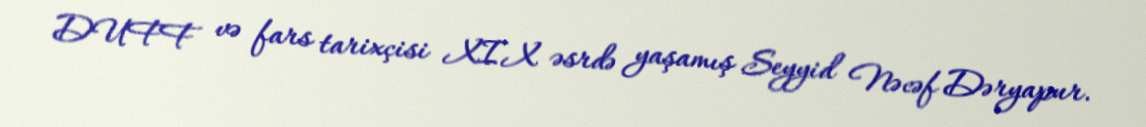
DUFF və fars tarixçisi XIX əsrdə yaşamış Seyyid Nəcəf Dəryapur.